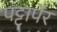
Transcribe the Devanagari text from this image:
पट्टापेर